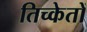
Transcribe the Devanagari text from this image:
तिच्केतों